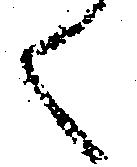
く